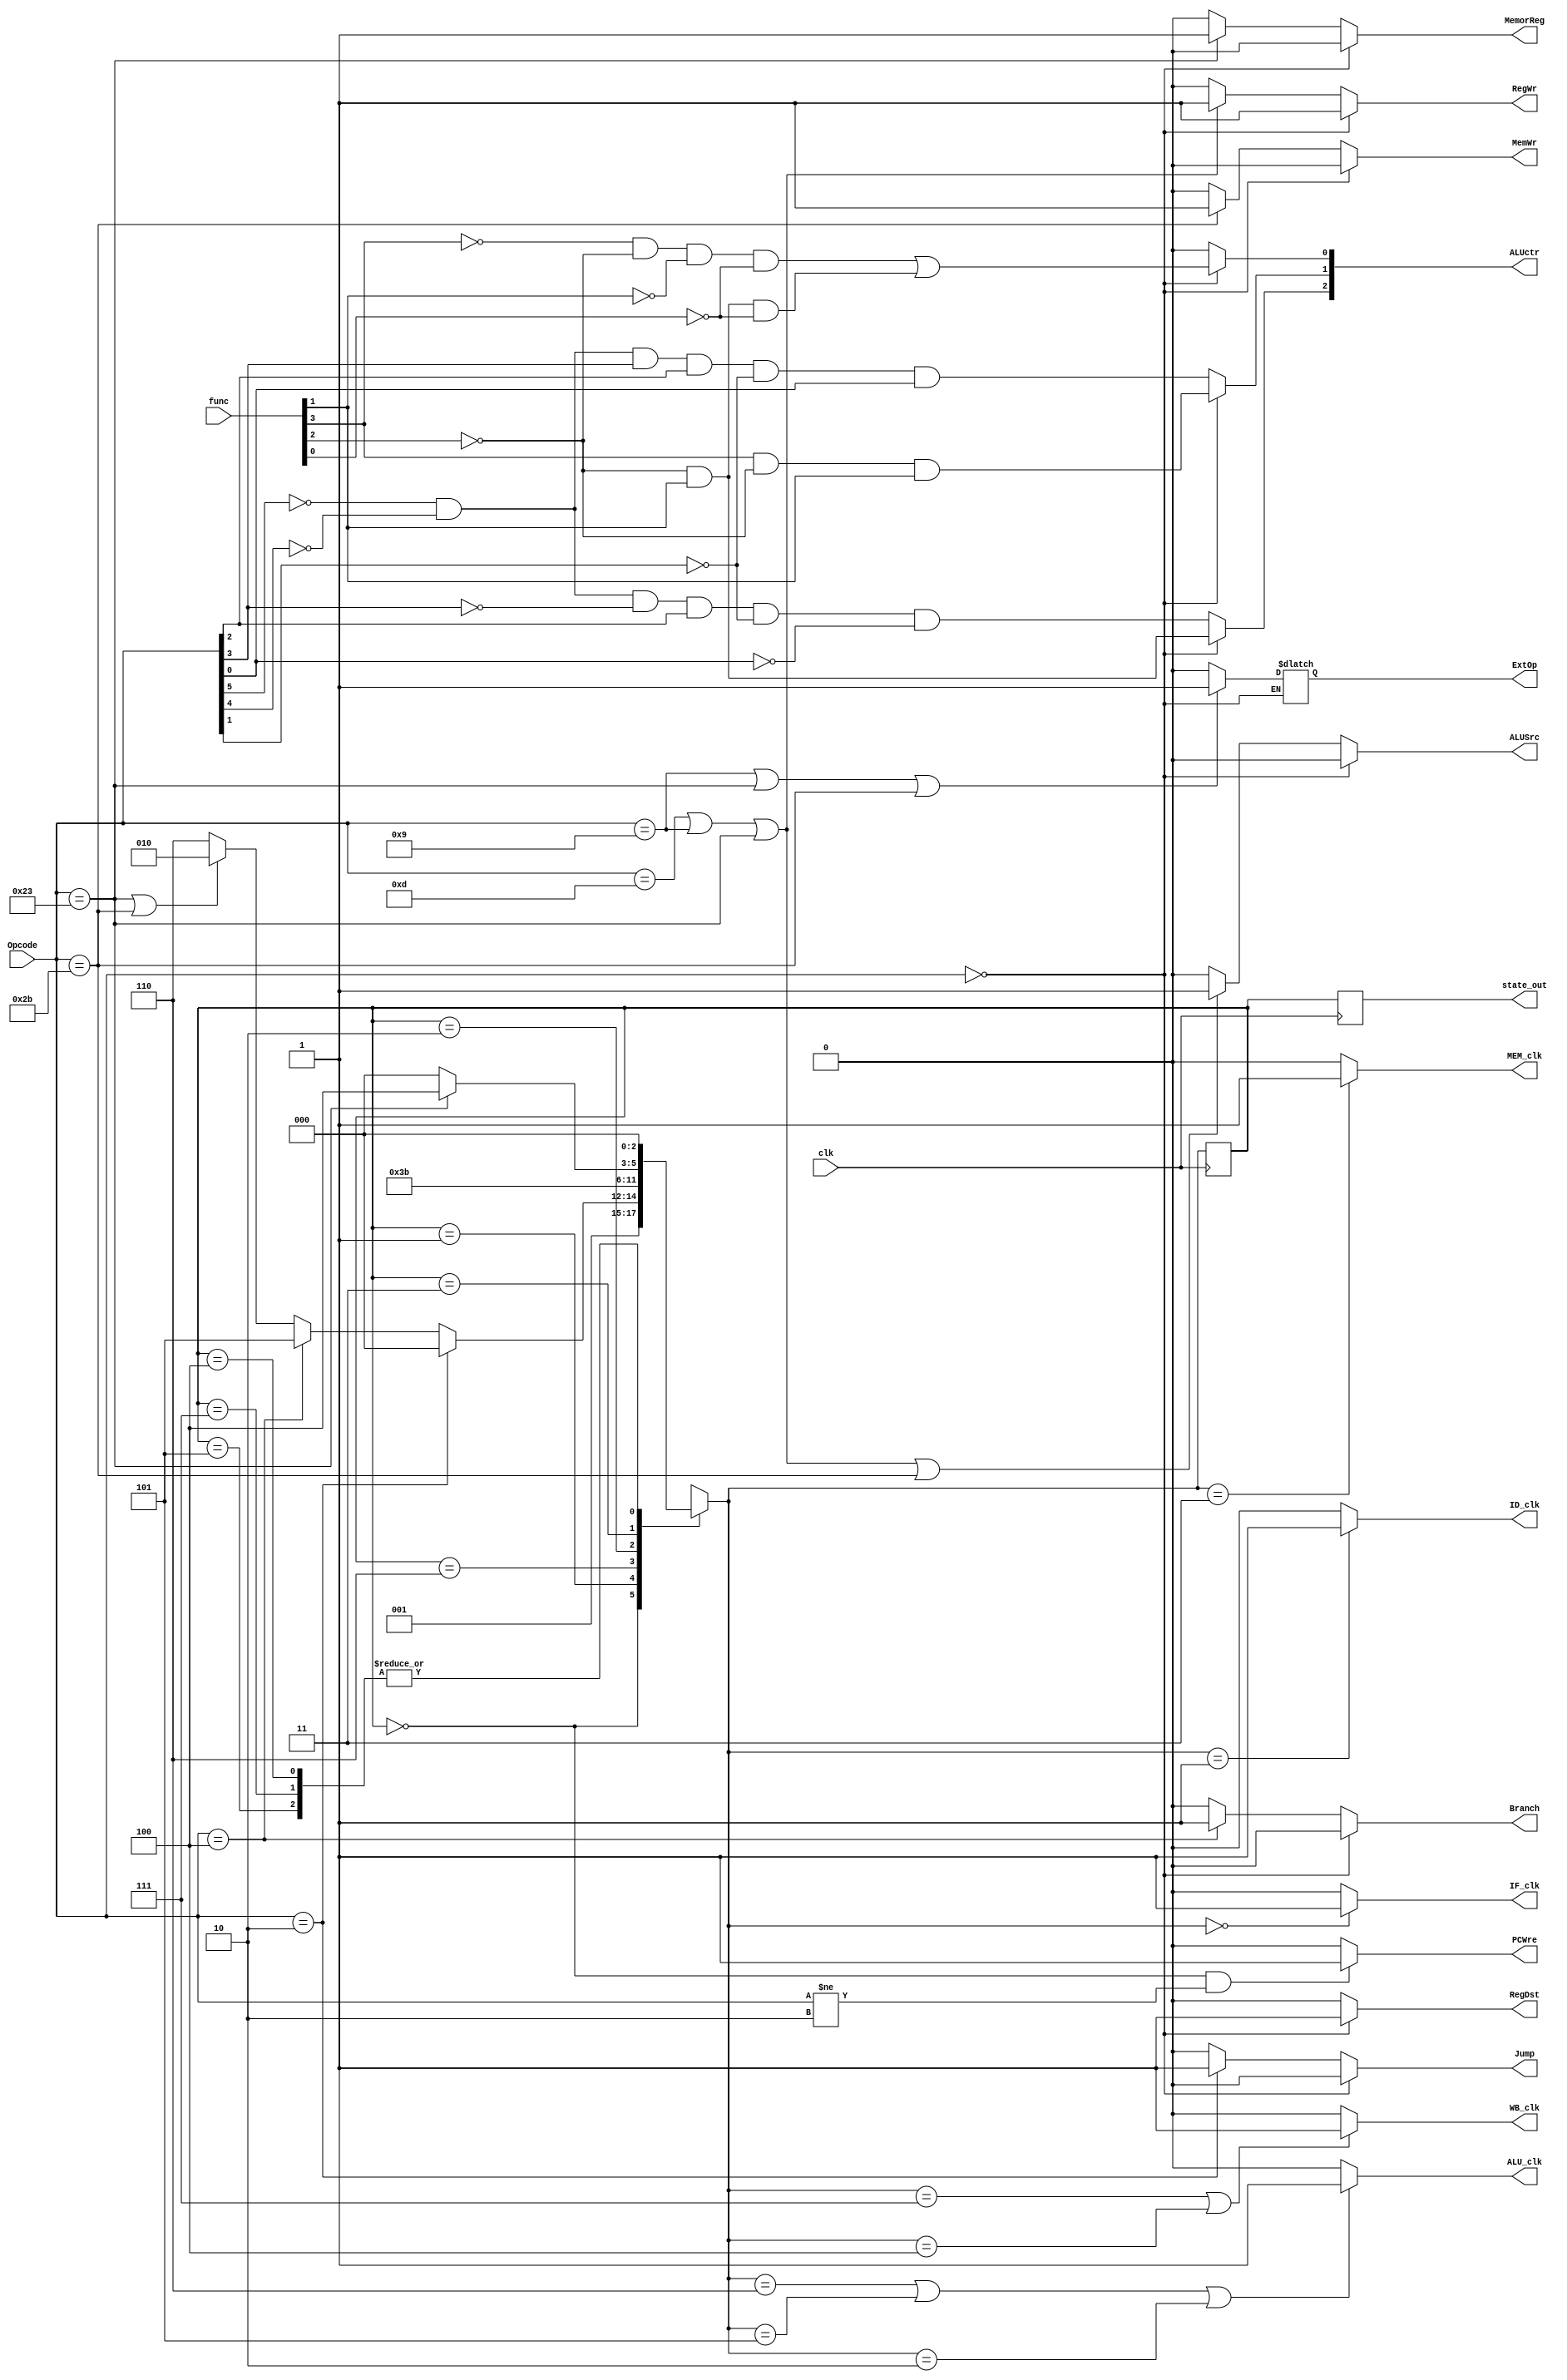
module ControlUnit(
clk,Opcode,func,
Branch,Jump,RegDst,ALUSrc,ALUctr,MemorReg,RegWr,MemWr,ExtOp,PCWre,
IF_clk,ID_clk,ALU_clk,MEM_clk,WB_clk,
state_out
    );
    input clk;
    input [5:0] Opcode;
    input [5:0] func;
    
    output reg Branch;
    output reg Jump;
    output reg RegDst;  //
    output reg ALUSrc;
    output reg [2:0] ALUctr;    //ALU
    output reg MemorReg;        //ALU
    output reg RegWr;           //RegisterFile
    output reg MemWr;           //
    output reg ExtOp;           //
    output reg PCWre;           //PC
    output reg [2:0] state_out; //
    
    output reg IF_clk;          //
    output reg ID_clk;          //
    output reg ALU_clk;         //
    output reg MEM_clk;         //
    output reg WB_clk;          //
    
    parameter [2:0] IF=3'b000,//IF state
                     ID=3'b001,//ID state
                     EXE1=3'b110,//add,sub,subu,slt,sltu,ori,addiu
                     EXE2=3'b101,//beq
                     EXE3=3'b010,//sw lw
                     MEM=3'b011,//MEM state
                     WB1=3'b111,//add,sub,subu,slt,sltu,ori,addiu
                     WB2=3'b100;//lw
    
    //op
    parameter [5:0] R_type=6'b000000,
                     ori=6'b001101,
                     addiu=6'b001001,
                     lw=6'b100011,
                     sw=6'b101011,
                     beq=6'b000100,
                     jump=6'b000010;
    //                 
    reg [2:0] state,next_state;
  
    initial
        begin
        Branch=0;
        Jump=0;
        RegDst=0;
        ALUSrc=0;
        ALUctr=0;
        MemorReg=0;
        RegWr=0;
        MemWr=0;
        ExtOp=0;
        PCWre=0;
        state=3'b000;
        state_out=state;
        end
        
        //
        always@(posedge clk)
        begin
            state_out <= state;
            state <= next_state;
        end
        
        //1
        always@(state)
        begin
        case(state)
            //IFID
            IF:  next_state<=ID;
            //ID
            ID:
                begin
                    if(Opcode == jump)
                        next_state<=IF;
                    else if(Opcode==beq)
                        next_state<=EXE2;
                    else if(Opcode==lw||Opcode==sw)
                        next_state<=EXE3;
                    else
                        next_state<=EXE1;
                end
            EXE1:next_state<=WB1;
            EXE2:next_state<=IF;
            EXE3:next_state<=MEM;
            MEM:
                begin
                    if(Opcode==lw)
                        next_state=WB2;
                    else
                        next_state=IF;
                end
           WB1:next_state<=IF;
           WB2:next_state<=IF;
           default:next_state=IF;
      endcase
      end
      
      
      //2
      always @(next_state)
      begin
            if(next_state==IF)
                IF_clk=1;
            else
                IF_clk=0;
            
            if(next_state==ID)
                ID_clk=1;
            else
                ID_clk=0;
            
            if(next_state==EXE1||next_state==EXE2||next_state==EXE3)
                ALU_clk=1;
            else
                ALU_clk=0;
                
            if(next_state==MEM)
                MEM_clk=1;
            else
                MEM_clk=0;
            
            if(next_state==WB1||next_state==WB2)
                WB_clk=1;
            else
                WB_clk=0;
                
      end
      
      //3
      always@(state)
      begin
        if(state==IF&&Opcode!=jump)
            PCWre<=1;
        else
            PCWre<=0;
        if(Opcode==R_type)
            begin
            Branch<=0;
            Jump<=0;
            RegDst<=1;
            ALUSrc<=0;
            MemorReg<=0;
            RegWr<=1;
            MemWr<=0;
            ALUctr[2]<=(~func[2])&func[1];
            ALUctr[1]<=func[3]&(~func[2])&func[1];
            ALUctr[0]<=((~func[3])&(~func[2])&(~func[1])&(~func[0])) | ((~func[2])&func[1]&(~func[0]));
            end
        else
            begin
            if(Opcode==beq)
                Branch<=1;
            else
                Branch<=0;
                
            if(Opcode==jump)
                Jump<=1;
            else
                Jump<=0;
                
            RegDst<=0;
            
            if(Opcode==ori||Opcode==addiu||Opcode==lw||Opcode==sw)
                ALUSrc<=1;
            else
                ALUSrc<=0;
                
            if(Opcode==lw)
                MemorReg<=1;
            else
                MemorReg<=0;
                
            if(Opcode==ori||Opcode==addiu||Opcode==lw)
                RegWr<=1;
             else
                RegWr<=0;
                
             if(Opcode==sw)
                MemWr<=1;
             else
                MemWr<=0;
                
             if(Opcode==addiu||Opcode==lw||Opcode==sw)
                ExtOp<=1;
             else
                ExtOp<=0;
                
             ALUctr[2]<=~Opcode[5]&~Opcode[4]&~Opcode[3]&Opcode[2]&~Opcode[1]&~Opcode[0];
             ALUctr[1]<=~Opcode[5]&~Opcode[4]&Opcode[3]&Opcode[2]&~Opcode[1]&Opcode[0];
             ALUctr[0]<=0;
             end
       end  
            
      
           
endmodule